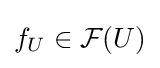
f_{U}\in {\mathcal {F}}(U)